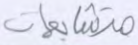
متشابهات